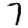
Digit: 7